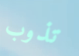
تذوب